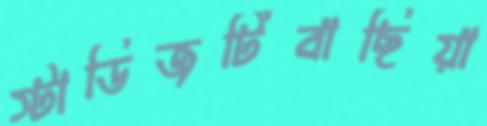
স্টাডিজটিবাছিয়া